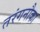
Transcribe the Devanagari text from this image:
तरंगनौका